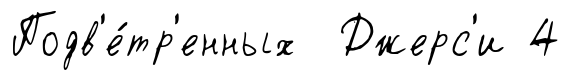
Подв'е́тр'енных Джерс'и 4